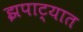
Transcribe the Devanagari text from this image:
झपाट्यात